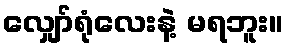
လျှော်ရုံလေးနဲ့ မရဘူး။